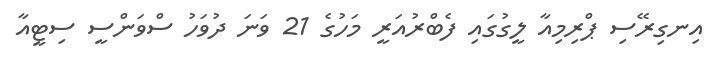
އިނގިރޭސި ޕްރިމިއާ ލީގުގައި ފެބްރުއަރީ މަހުގެ 21 ވަނަ ދުވަހު ސްވަންސީ ސިޓީއާ